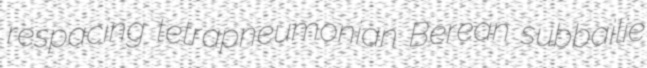
respacing tetrapneumonian Berean subbailie